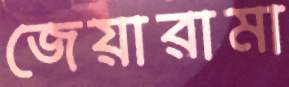
জেয়ারামা